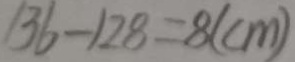
1 3 6 - 1 2 8 = 8 ( c m )